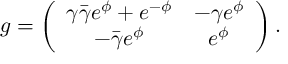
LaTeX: g = \left( \begin{array} { c c c } { { \gamma \bar { \gamma } e ^ { \phi } + e ^ { - \phi } } } & { { - \gamma e ^ { \phi } } } \\ { { - \bar { \gamma } e ^ { \phi } } } & { { e ^ { \phi } } } \end{array} \right) .